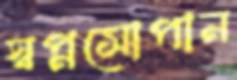
স্বপ্নসোপান